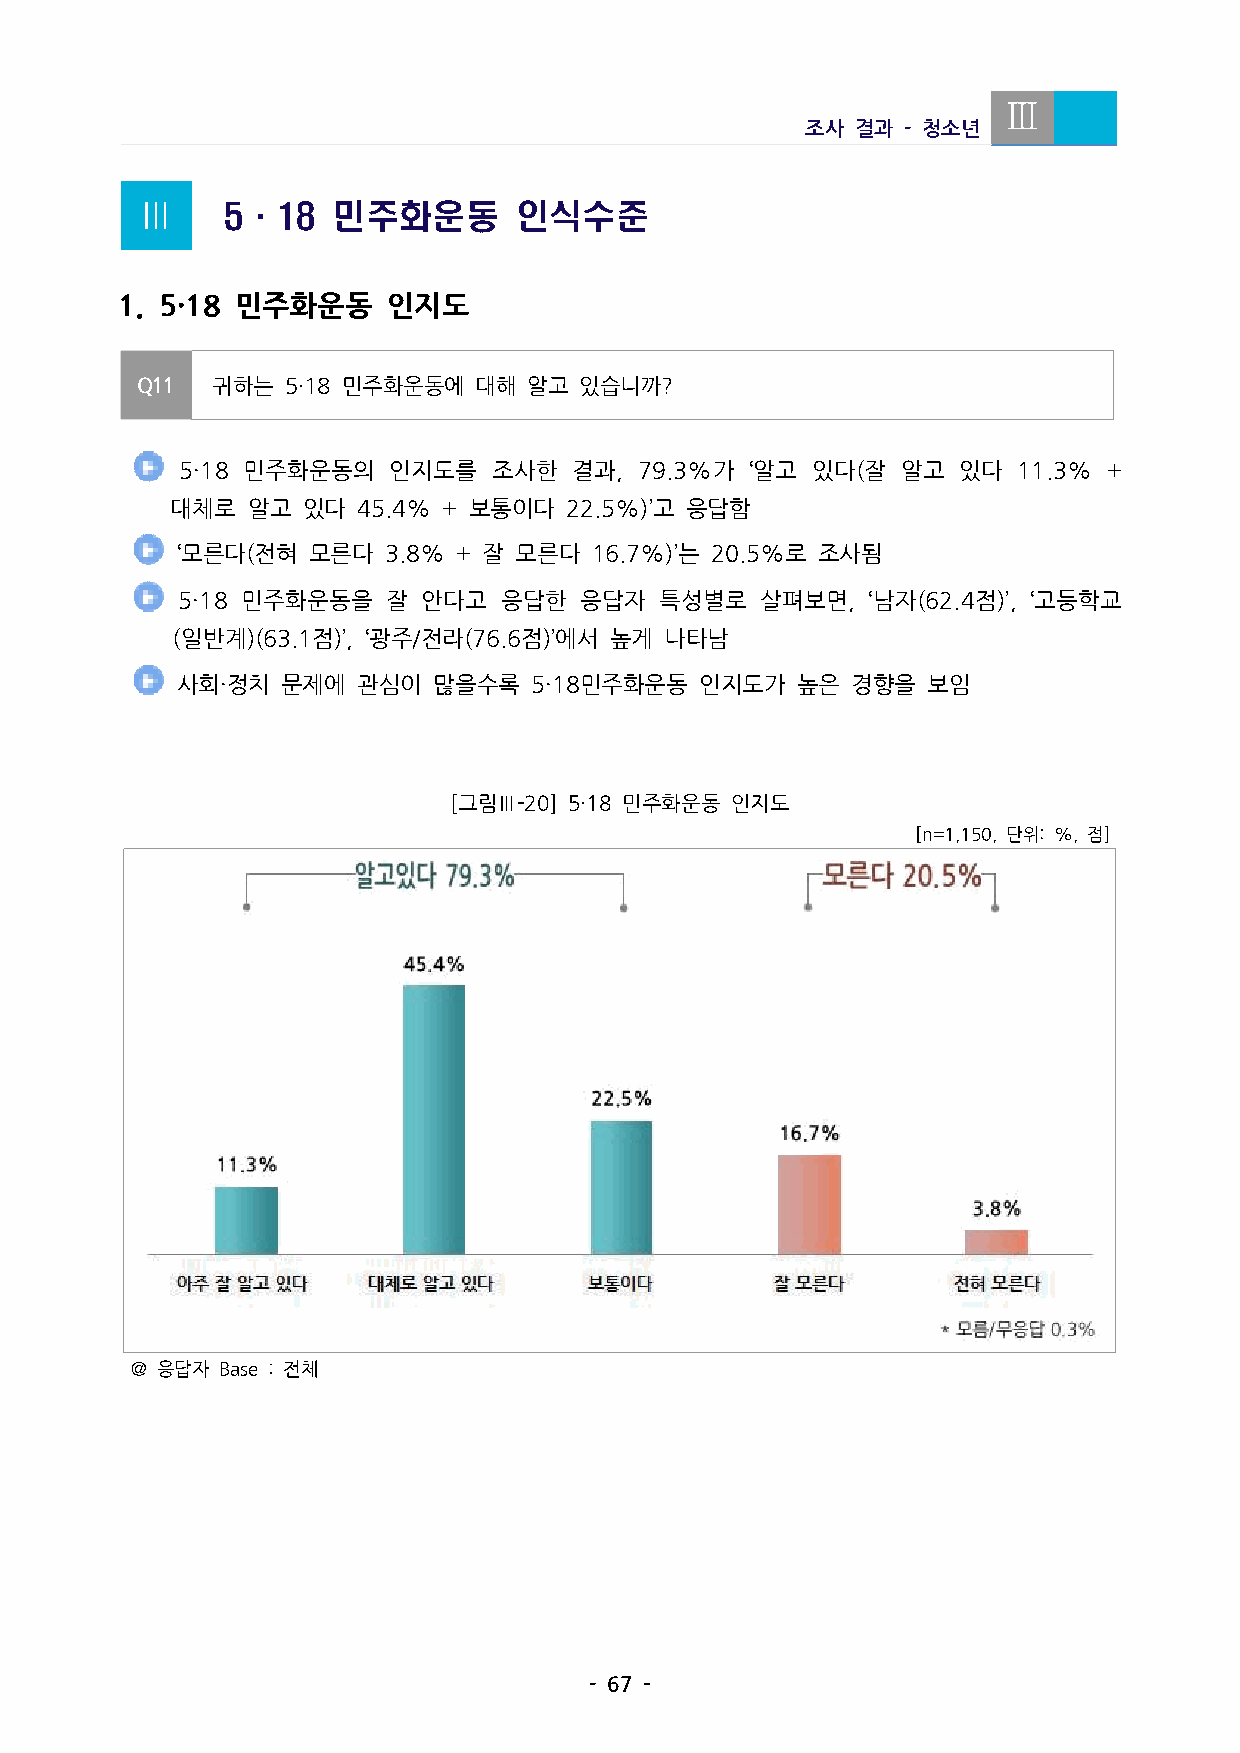
Ⅲ
 조사  결과 -청소년
 Ⅲ     5·18   민주화운동       인식수준
 1. 5·18 민주화운동   인지도
 Q11  귀하는  5·18민주화운동에 대해  알고 있습니까?
  5·18 민주화운동의 인지도를   조사한  결과, 79.3%가 ‘알고 있다(잘 알고 있다  11.3% +
 대체로  알고  있다  45.4%+보통이다 22.5%)’고 응답함
 ‘모른다(전혀 모른다  3.8%+잘 모른다  16.7%)’는 20.5%로 조사됨
  5·18 민주화운동을 잘 안다고  응답한  응답자   특성별로  살펴보면, ‘남자(62.4점)’, ‘고등학교
 (일반계)(63.1점)’,‘광주/전라(76.6점)’에서 높게 나타남
 사회·정치  문제에  관심이  많을수록  5·18민주화운동  인지도가   높은 경향을  보임
 [그림Ⅲ-20] 5·18민주화운동 인지도
 [n=1,150,단위:%,점]
 ＠응답자 Base:전체
 -67-